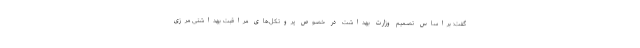
گفت: براساس تصمیم وزارت بهداشت در خصوص پروتکل‌های مراقبت بهداشتی مرزی